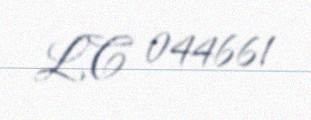
LC 044661